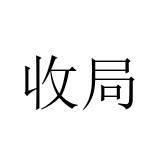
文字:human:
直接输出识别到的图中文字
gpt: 收局